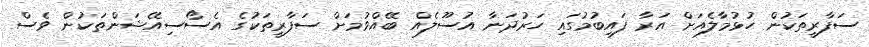
ސަފާރީތަކުން ހުޅުމާލެއަށް އަރާ ފައިބުމުގައި ހަރުދަނާ އުސޫލެއް ބޭއްވުމަށް ސަފާރީތަކުގެ އެސޯސިއޭޝަންތަކުން ވެސް